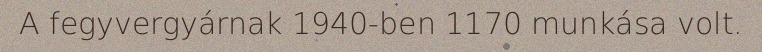
A fegyvergyárnak 1940-ben 1170 munkása volt.